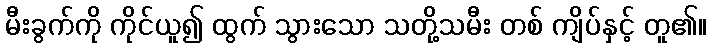
မီးခွက်ကို ကိုင်ယူ၍ ထွက် သွားသော သတို့သမီး တစ် ကျိပ်နှင့် တူ၏။